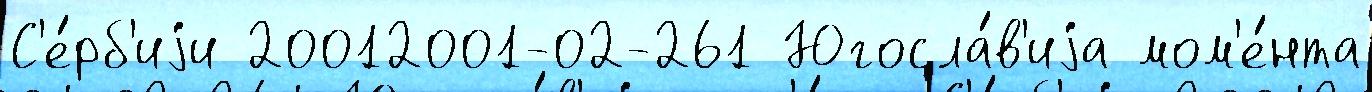
С'е́рб'иjи 20012001-02-261 Югосла́в'иjа мом'е́нта